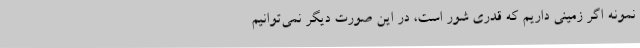
نمونه اگر زمینی داریم که قدری شور است، در این صورت دیگر نمی‌توانیم